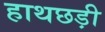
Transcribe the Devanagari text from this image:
हाथछड़ी